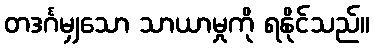
တဒင်္ဂမျှသော သာယာမှုကို ရနိုင်သည်။